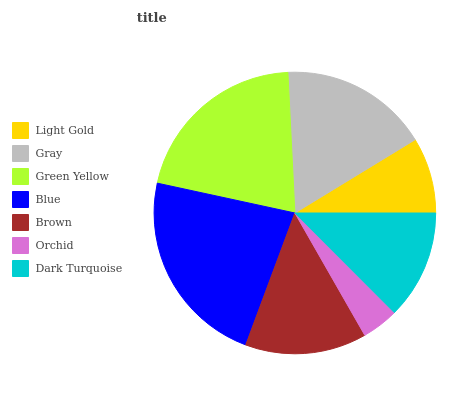
| Light Gold | Gray | Green Yellow | Blue | Brown | Orchid | Dark Turquoise |
 | --- | --- | --- | --- | --- | --- | --- |
 | 8.72% | 17% | 20.8% | 22.8% | 13.9% | 4.22% | 12.5% |